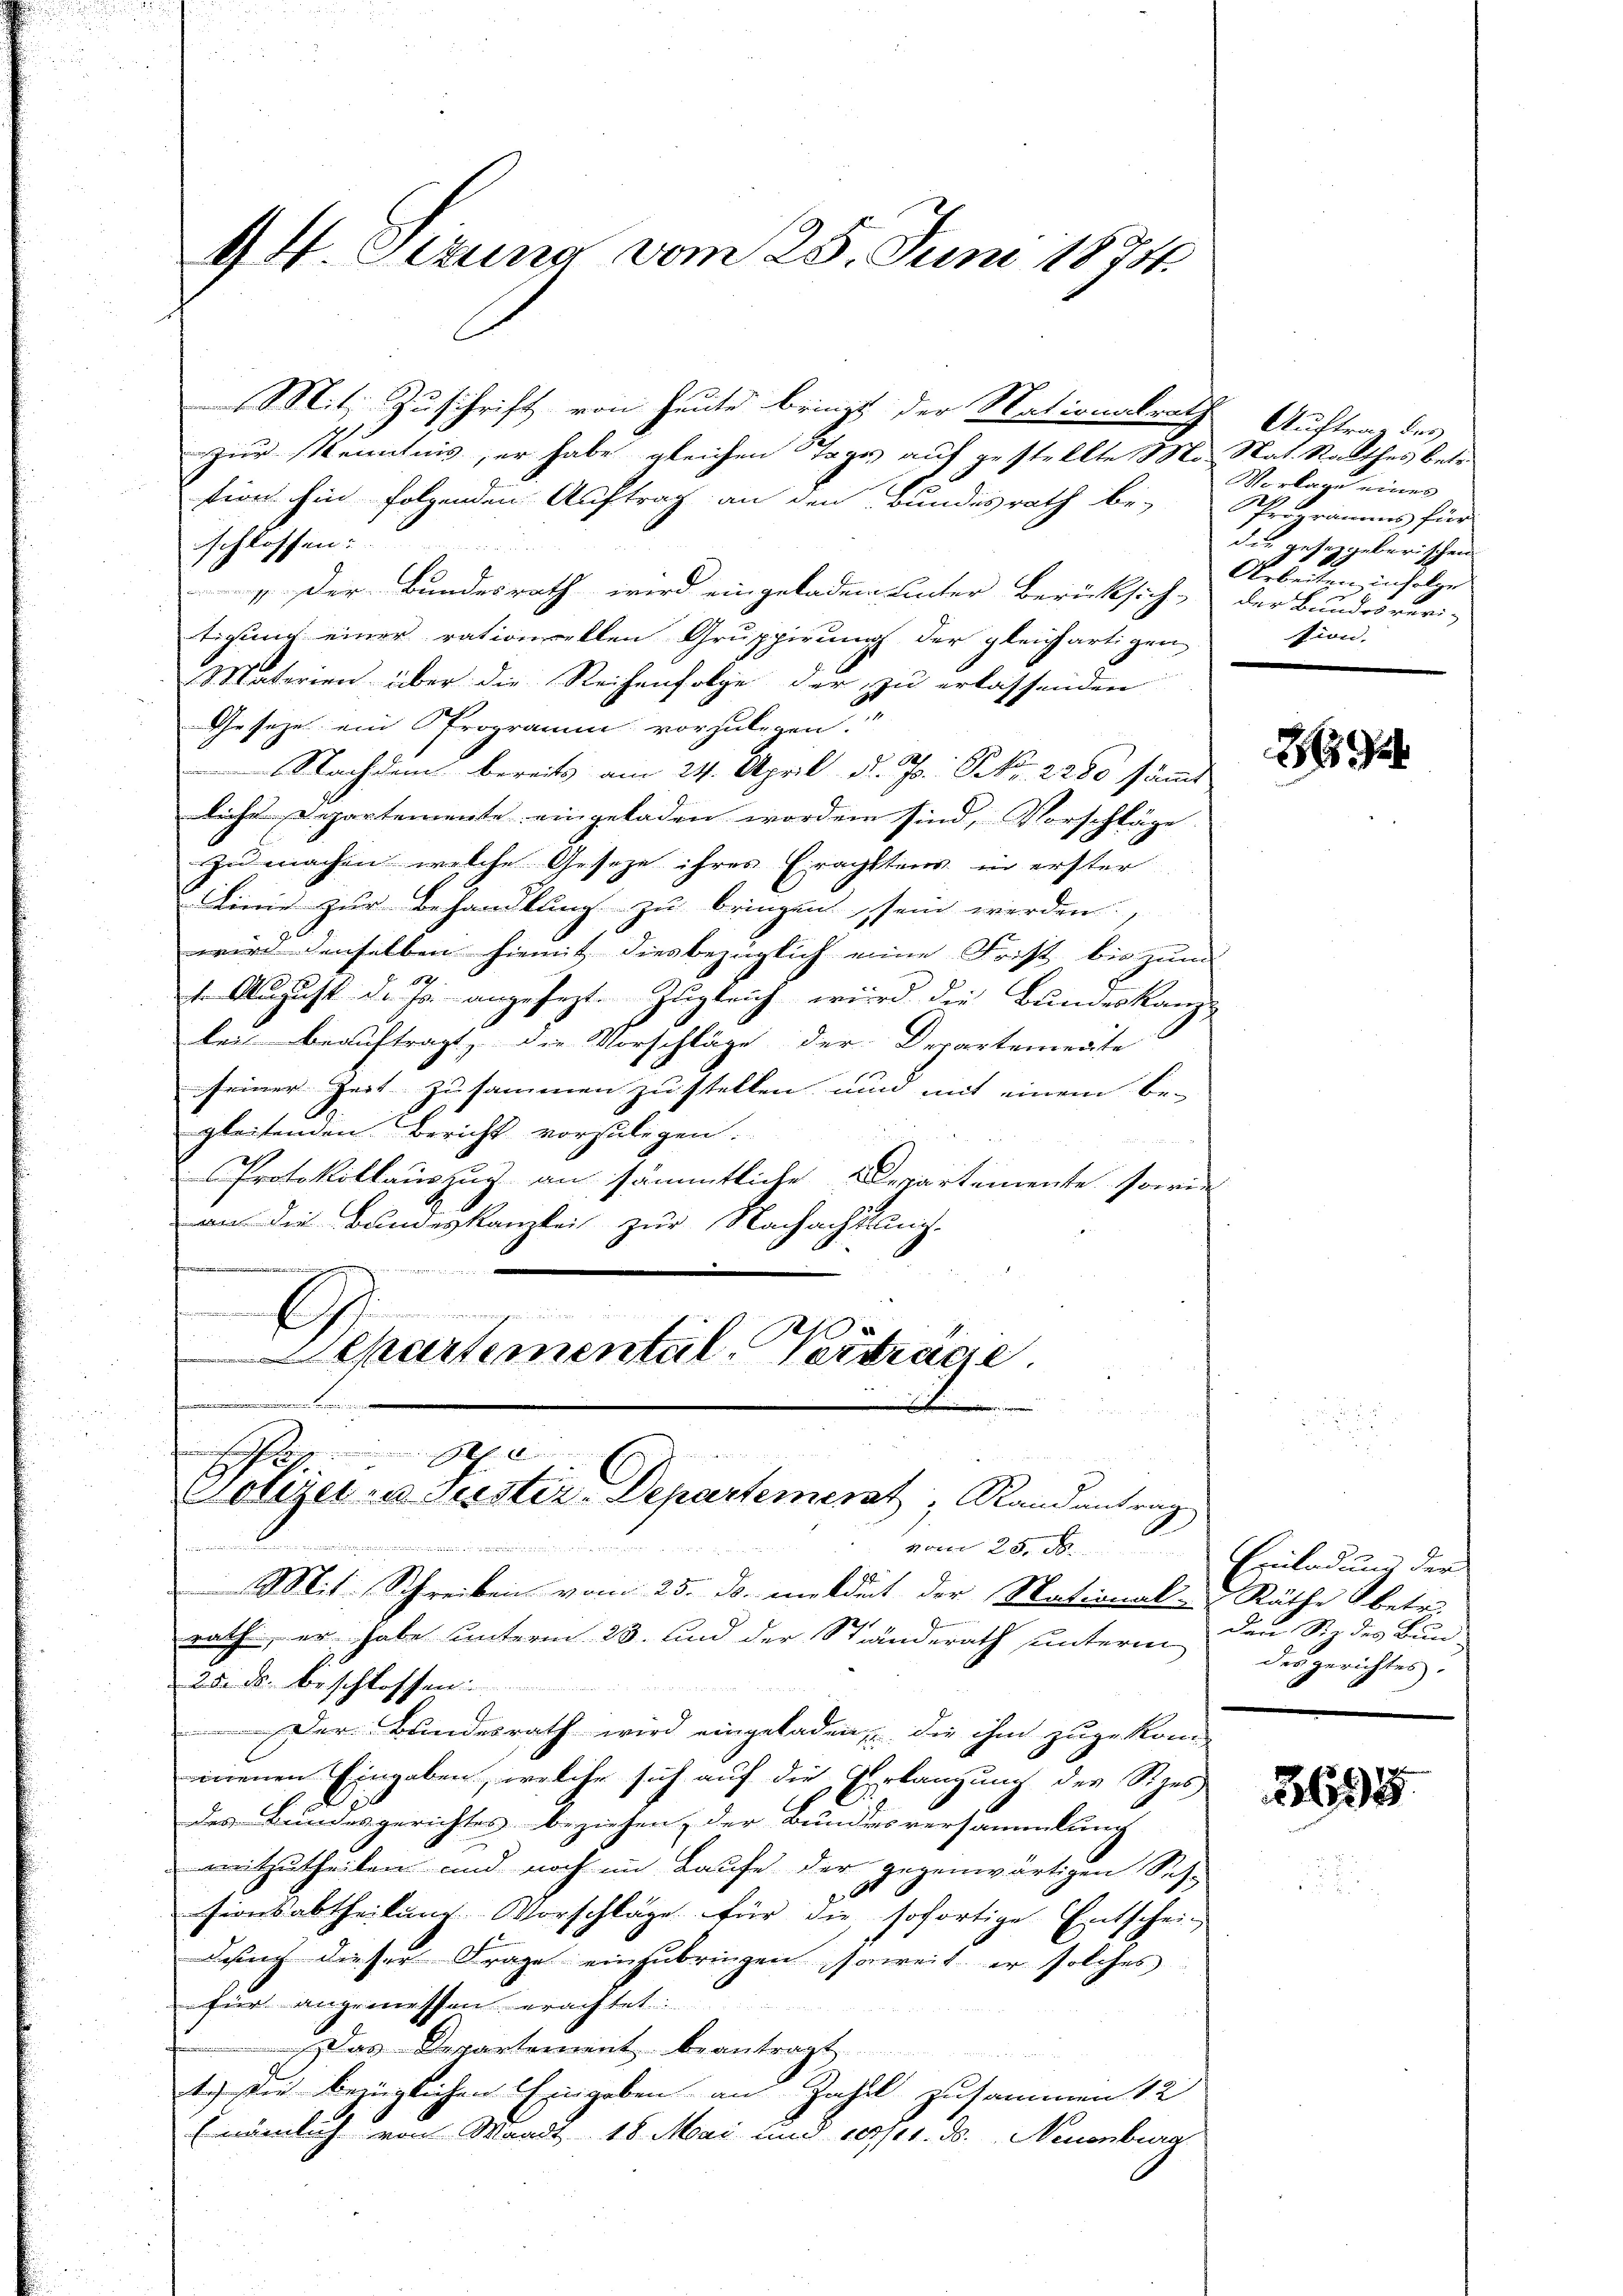
94. Setzung vom 25. Juni 1875.

tion hin folgenden Auftrag an den Bundesrath bei Programms für
schlossen:
. Der Bundesrath wird eingeladen unter Berücksich, der Bundesver-
tigung einer rationellen Gruppirung der gleichartigen
Materien über die Reihenfolge der zu erlassenden
Gesetze ein Programm vorzulegen.“
Nachdem bereits am 24. April d. Js. No. 2280 sämmt
liche Departemente eingeladen worden sind, Vorschläge
zu machen, welche Gesetze ihres Erachtens in erster
Linie zur Behandlung zu bringen sein werden,
wird denselben hiemit diesbezüglich eine Frist bis zum
89
1. August d. fr. angesezt. Zugleich wird die Bundeskanzbei beauftragt, die Vorschläge der Derartemente
seiner Zeit zusammen zu stellen und mit einem be-
gleitenden Bericht vorzulegen.
B
Protokollauszug an sämmtliche Departemente sowie
an die Bundeskanzlei zur Nachachtung.
f
E
Departemental Vertrage
.
u

dlich de
.
Donzer u Justiz-Departement, Randantrag
vom 28 x

Mit Zuschrift von heute bringt der Nationalrath Auftrag des
zur Kenntnis, er habe gleichen Tages auf gestellte Mo Stat. Rathes betr.

Mit Schreiben vom 25. ds. meldet der National-Räthe bet
rath, er habe unterm 23. und der Ständerath unterm dergerichtes
25. ds. beschlossen:
Der Bundesrath wird eingeladen, die ihm zugekom
menen Eingaben, welche sich auf die Erlangung der Sipes
des Bundesgerichtes beziehen, der Bundesversammlung
mitzutheilen und noch im Laufe der gegenwärtigen Ses-
E
sionsabtheilung. Vorschläge für die sofortige Entscheidan dieser Frage einzubringen soweit er solches
für angemessen erachtet:
Das Departement beantragt
1.) Die bezüglichen Eingaben an Zahl zusammen 12
Enämlich von Waadt 18 Mai und 10/11. ds. Neuenburg

Vorlage eines
die gesetzgeberischen
Arbeiten in folge
sion.

2694

Einladung der
Den Siz des Bun-

8695